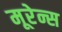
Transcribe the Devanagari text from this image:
मूरेन्स